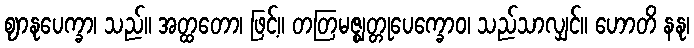
ဈာနုပေက္ခာ၊ သည်။ အတ္ထတော၊ ဖြင့်။ တတြမဇ္ဈတ္တုပေက္ခောဝ၊ သည်သာလျှင်။ ဟောတိ နနု၊